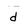
Character: d